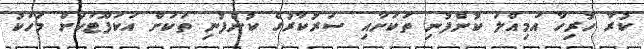
ކުރާ ހުރިހާ އަމިއްލަ ކުންފުނި ތަކަށާއި ސަރުކާރުގެ ކުންފުނި ތަަކަށް އަކަފޫޓަކަށް މަހަކު